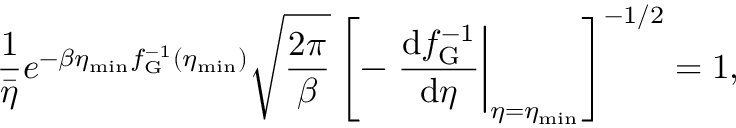
\frac { 1 } { \bar { \eta } } e ^ { - \beta \eta _ { \mathrm { m i n } } f _ { \mathrm { G } } ^ { - 1 } ( \eta _ { \mathrm { m i n } } ) } \sqrt { \frac { 2 \pi } { \beta } } \left[ - \left. \frac { \mathrm { d } f _ { \mathrm { G } } ^ { - 1 } } { \mathrm { d } \eta } \right| _ { \eta = \eta _ { \mathrm { m i n } } } \right] ^ { - 1 / 2 } = 1 ,